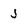
Character: J